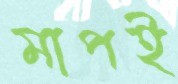
মাপই